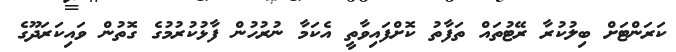
ކަރަންޓަށް ބިލުކުރާ ރޭޓުތައް ތަފާތު ކޮށްފައިވާތީ އެކަމާ ނުރުހުން ފާޅުކުރުމުގެ ގޮތުން ވައިކަރަދޫގެ